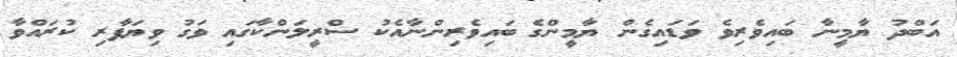
އަބްދު ޔާމީނާ ބައިވެރިވެ ވަޑައިގެން ޔާމީންގެ ބައިވެރިންނާއެކު ސްރީލަންކާގައި ވަގު ވިޔަފާރި ކުރައްވާ